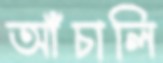
আঁচালি